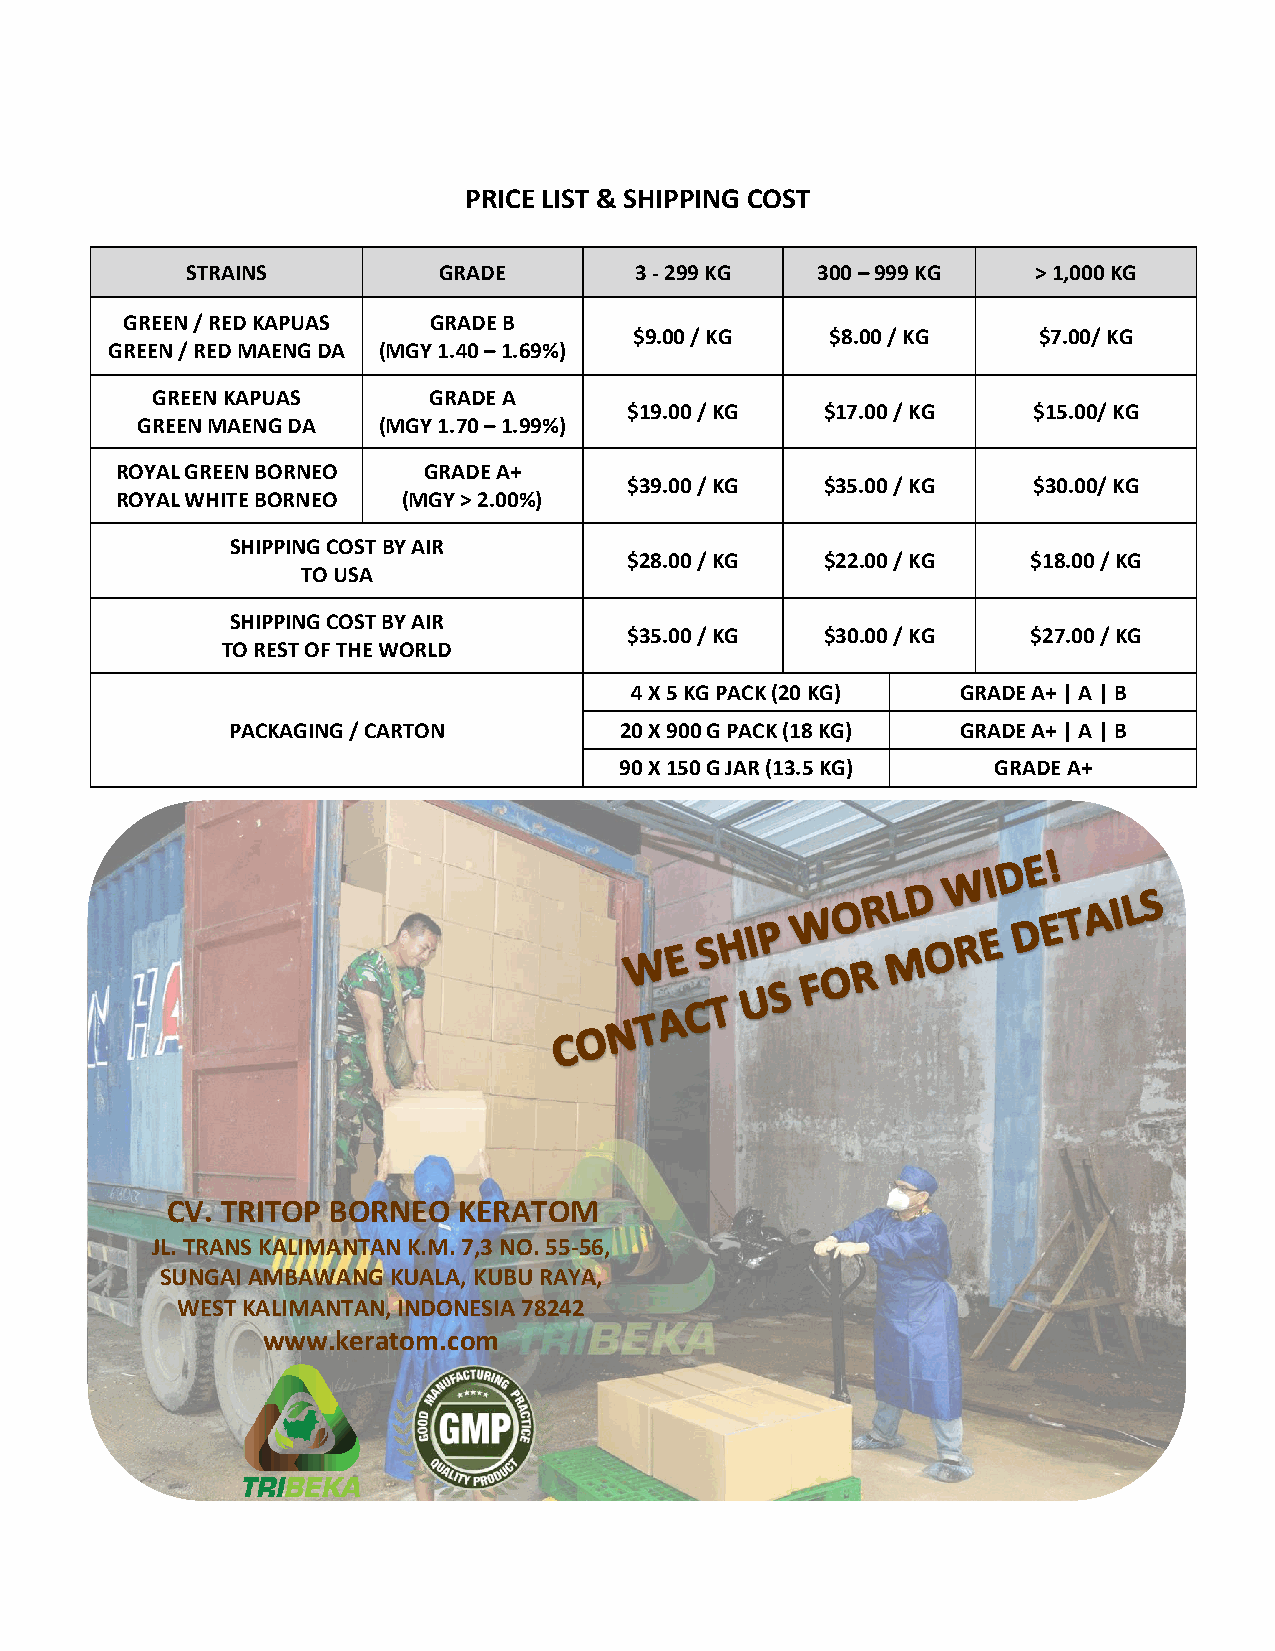
PRICE LIST & SHIPPING COST
 STRAINS          GRADE        3 - 299 KG  300 – 999 KG   > 1,000 KG
 GREEN / RED KAPUAS  GRADE B
 $9.00 / KG   $8.00 / KG    $7.00/ KG
 GREEN / RED MAENG DA (MGY 1.40 – 1.69%)
 GREEN KAPUAS      GRADE A
 $19.00 / KG  $17.00 / KG  $15.00/ KG
 GREEN MAENG DA  (MGY 1.70 – 1.99%)
 ROYAL GREEN BORNEO  GRADE A+
 $39.00 / KG  $35.00 / KG  $30.00/ KG
 ROYAL WHITE BORNEO (MGY > 2.00%)
 SHIPPING COST BY AIR
 $28.00 / KG  $22.00 / KG  $18.00 / KG
 TO USA
 SHIPPING COST BY AIR
 $35.00 / KG  $30.00 / KG  $27.00 / KG
 TO REST OF THE WORLD
 4 X 5 KG PACK (20 KG) GRADE A+ | A | B
 PACKAGING / CARTON        20 X 900 G PACK (18 KG) GRADE A+ | A | B
 90 X 150 G JAR (13.5 KG) GRADE A+
 CV. TRITOP BORNEO  KERATOM
 JL. TRANS KALIMANTAN K.M. 7,3 NO. 55-56,
 SUNGAI AMBAWANG KUALA, KUBU RAYA,
 WEST KALIMANTAN, INDONESIA 78242
 www.keratom.com